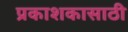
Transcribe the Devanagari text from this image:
प्रकाशकासाठी